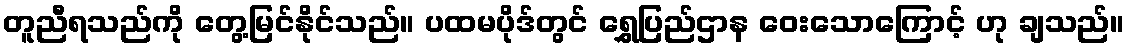
တူညီရသည်ကို တွေ့မြင်နိုင်သည်။ ပထမပိုဒ်တွင် ရွှေပြည်ဌာန ဝေးသောကြောင့် ဟု ချသည်။